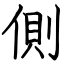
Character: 側